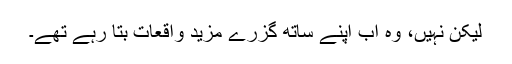
لیکن نہیں، وہ اب اپنے ساتھ گزرے مزید واقعات بتا رہے تھے۔